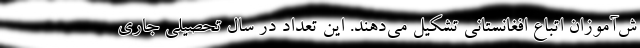
ش‌آموزان اتباع افغانستانی تشکیل می‌دهند. این تعداد در سال تحصیلی جاری